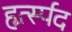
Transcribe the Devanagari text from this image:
हृर्त्स्पद